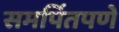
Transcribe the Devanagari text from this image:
समर्पितपणे